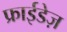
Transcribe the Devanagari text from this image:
फ्राईडेज़